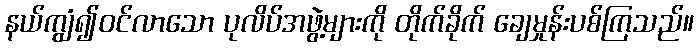
နယ်ကျွံ၍ဝင်လာသော ပုလိပ်အဖွဲ့များကို တိုက်ခိုက် ချေမှုန်းပစ်ကြသည်။